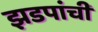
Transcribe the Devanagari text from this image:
झडपांची